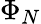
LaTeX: \Phi_{N}